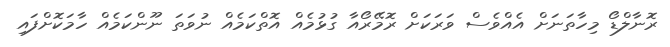
ރޮނާލްޑޯ މިހާތަނަށް އެއްވެސް ވަރަކަށް ރޮމޭރޯއާ ގުޅުމެއް އޮތްކަމެއް ނުވަތަ ނޫންކަމެއް ހާމަކޮށްފައި